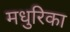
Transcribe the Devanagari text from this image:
मधुरिका